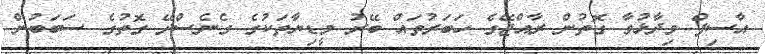
އާސިފް ވިދާޅުވާ ގޮތުން ރާއްޖޭގެ ހަބަރުތައް ބޭރު މީޑިޔާތަކުގެ ގެނެސްދޭ ގޮތުގެ ސަބަބުން